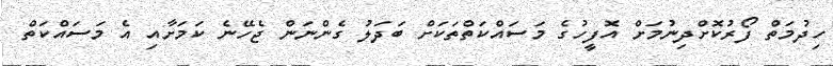
ހިދުމަތް ފޯރުކޮށްދިނުމަށް އޮފީހުގެ މަސައްކަތްތަކަށް ބަދަލު ގެންނަން ޖެހޭނެ ކަމަށާއި އެ މަސައްކަތް